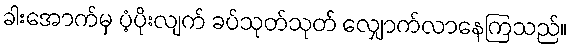
ခါးအောက်မှ ပံ့ပိုးလျက် ခပ်သုတ်သုတ် လျှောက်လာနေကြသည်။